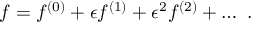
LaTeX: f = f ^ { ( 0 ) } + \epsilon f ^ { ( 1 ) } + \epsilon ^ { 2 } f ^ { ( 2 ) } + \ldots \ .